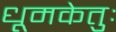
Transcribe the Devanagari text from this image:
धूमकेतुः